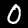
Digit: 0